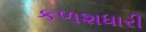
કળશધારી